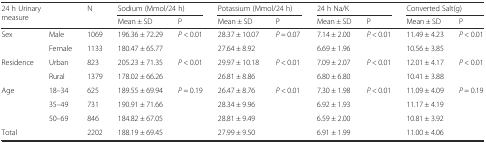
| <ROWSPAN=2-COLSPAN=2> 24 h Urinary measure | <ROWSPAN=2> N | <COLSPAN=2> Sodium (Mmol/24 h) | <COLSPAN=2> Potassium (Mmol/24 h) | <COLSPAN=2> 24 h Na/K | <COLSPAN=2> Converted Salt(g) |
 | Mean ± SD | P | Mean ± SD | P | Mean ± SD | P | Mean ± SD | P |
 | --- | --- | --- | --- | --- | --- | --- | --- | --- | --- | --- |
 | <ROWSPAN=2> Sex | Male | 1069 | 196.36 ± 72.29 | <ROWSPAN=2> P < 0.01 | 28.37 ± 10.07 | <ROWSPAN=2> P = 0.07 | 7.14 ± 2.00 | <ROWSPAN=2> P < 0.01 | 11.49 ± 4.23 | <ROWSPAN=2> P < 0.01 |
 | Female | 1133 | 180.47 ± 65.77 | 27.64 ± 8.92 | 6.69 ± 1.96 | 10.56 ± 3.85 |
 | <ROWSPAN=2> Residence | Urban | 823 | 205.23 ± 71.35 | <ROWSPAN=2> P < 0.01 | 29.97 ± 10.18 | <ROWSPAN=2> P < 0.01 | 7.09 ± 2.07 | <ROWSPAN=2> P < 0.01 | 12.01 ± 4.17 | <ROWSPAN=2> P < 0.01 |
 | Rural | 1379 | 178.02 ± 66.26 | 26.81 ± 8.86 | 6.80 ± 6.80 | 10.41 ± 3.88 |
 | <ROWSPAN=3> Age | 18–34 | 625 | 189.55 ± 69.94 | <ROWSPAN=3> P = 0.19 | 26.47 ± 8.76 | <ROWSPAN=3> P < 0.01 | 7.30 ± 1.98 | <ROWSPAN=3> P < 0.01 | 11.09 ± 4.09 | <ROWSPAN=3> P = 0.19 |
 | 35–49 | 731 | 190.91 ± 71.66 | 28.34 ± 9.96 | 6.92 ± 1.93 | 11.17 ± 4.19 |
 | 50–69 | 846 | 184.82 ± 67.05 | 28.81 ± 9.49 | 6.59 ± 2.00 | 10.81 ± 3.92 |
 | Total |  | 2202 | 188.19 ± 69.45 |  | 27.99 ± 9.50 |  | 6.91 ± 1.99 |  | 11.00 ± 4.06 |  |